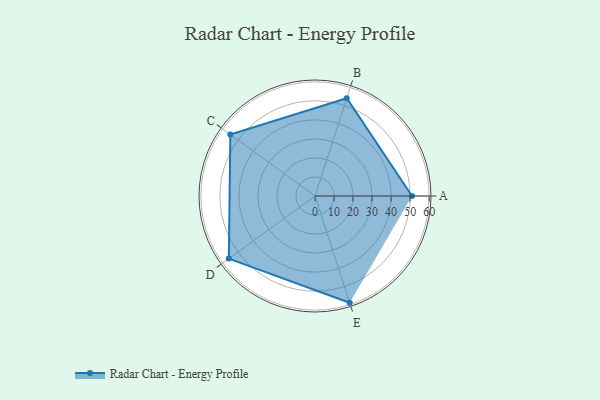
{"axis": {"x": "Skill", "y": "Score"}, "legend": ["Profile"], "data": [{"x": "A", "y": 51.0, "type": "Profile"}, {"x": "B", "y": 54.0, "type": "Profile"}, {"x": "C", "y": 55.0, "type": "Profile"}, {"x": "D", "y": 56.0, "type": "Profile"}, {"x": "E", "y": 59.0, "type": "Profile"}]}